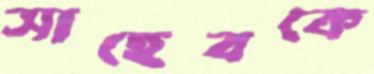
সাহেবকে